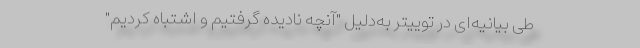
طی بیانیه‌ای در توییتر به‌دلیل "آنچه نادیده گرفتیم و اشتباه کردیم"